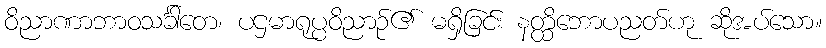
ဝိညာဏာဘာဝသင်္ခါတေ၊ ပဌမာရုပ္ပဝိညာဉ်၏ မရှိခြင်း နတ္ထိဘောပညတ်ဟု ဆိုအပ်သော။